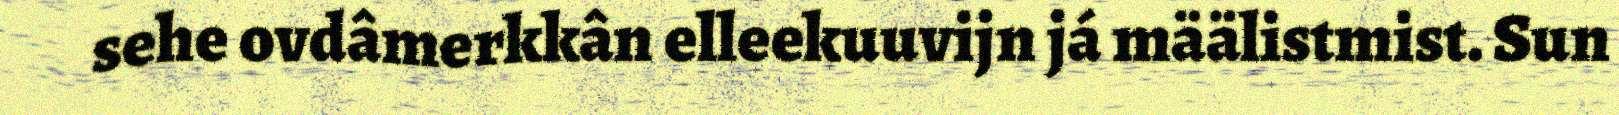
sehe ovdâmerkkân elleekuuvijn já määlistmist. Sun